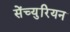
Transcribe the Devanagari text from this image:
सेंच्युरियन